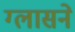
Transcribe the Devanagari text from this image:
ग्लासने